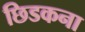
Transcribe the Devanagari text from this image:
छिडकना